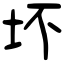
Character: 坏